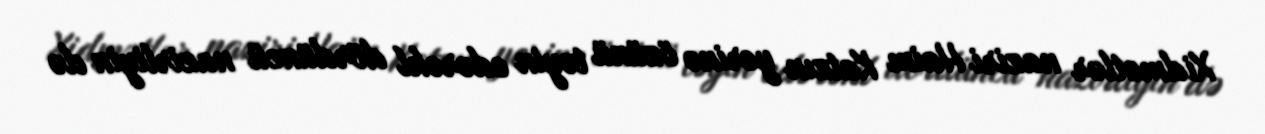
Xidmətlər naziri Haim Katzın yerinə özünü təyin edərəkl dördüncü nazirliyin də